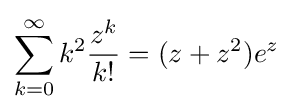
\sum _{k=0}^{\infty }k^{2}{\frac {z^{k}}{k!}}=(z+z^{2})e^{z}